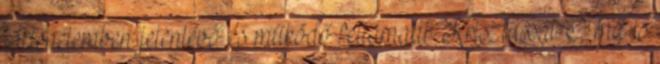
történelemben jelenlévő és működő feltámadt Krisztussal. Ő ma is